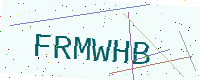
Text: FRMWHB